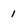
Character: 1